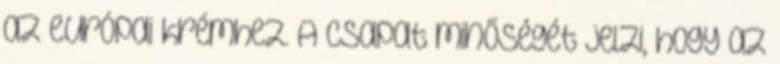
az európai krémhez. A csapat minőségét jelzi, hogy az